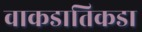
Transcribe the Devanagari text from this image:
वाकडातिकडा